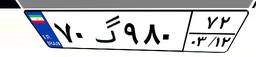
۹۳گ۱۹۲۰۶